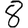
Digit: 8